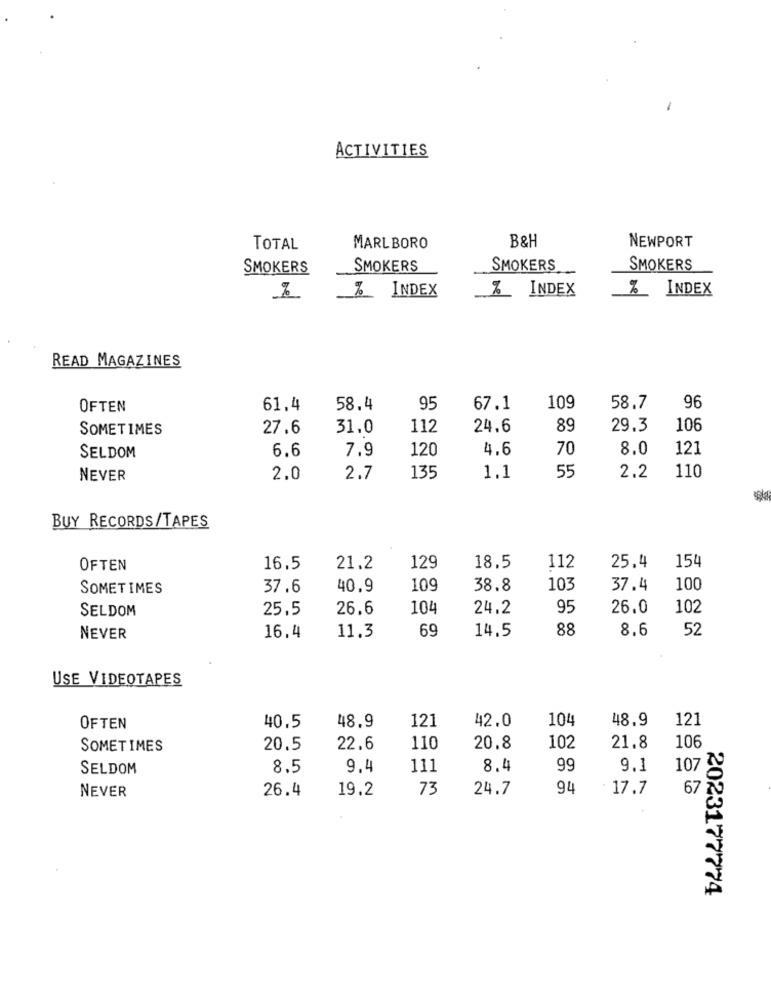
ACTIVITIES
B&H
NEWPORT
TOTAL
MARLBORO
SMOKERS
SMOKERS
SMOKERS
SMOKERS
%_ INDEX
%_ INDEX
% INDEX
READ MAGAZINES
OFTEN
61.4
58.4
95
67.1
109
58.7
96
SOMETIMES
27.6
31.0
112
24.6
89
29.3
108
6.6
120
4.6
70
8.0
121
SELDOM
7.9
110
NEVER
2.0
2.7
135
1.1
55
2.2
BUY RECORDS/TAPES
154
OFTEN
16.5
21.2
129
18.5
112
25.4
SOMETIMES
37.6
40,9
109
38.8
103
37.4
100
SELDOM
25,5
26.6
104
24.2
95
26.0
102
69
14.5
88
8.6
52
NEVER
16.4
11.3
USE VIDEOTAPES
121
42.0
104
121
OFTEN
40.5
48.9
48.9
SOMETIMES
20.5
22.6
110
20.8
102
21.8
106
SELDOM
8.5
9.4
111
8.4
99
9.1
107
NEVER
26.4
19.2
73
24.7
94
: 17.7
67
2023177774